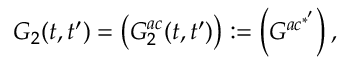
G _ { 2 } ( t , t ^ { \prime } ) = \left( G _ { 2 } ^ { a c } ( t , t ^ { \prime } ) \right) : = \left( G ^ { a c ^ { * ^ { \prime } } } \right) ,